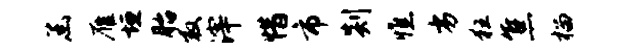
函雁垣胎救滓惜市剡憔劣狂焦榴